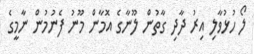
ލޯ ހުޅުވާލި އިރު ދާދި ގާތުން ލޫނާގެ އޮމާން މޫނު ފެނުމުން ނާމީގެ